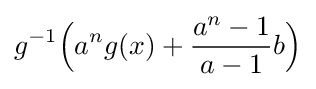
g^{-1}{\Bigl (}a^{n}g(x)+{\frac {a^{n}-1}{a-1}}b{\Bigr )}